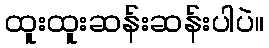
ထူးထူးဆန်းဆန်းပါပဲ။